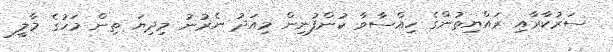
ސަރުކާރާއި ރައްޔިތުންގެ ހިއްސާވާ ކުންފުނިން މިއަދު ނެރުނު މިދިޔަ ތިން މަހުގެ މާލީ